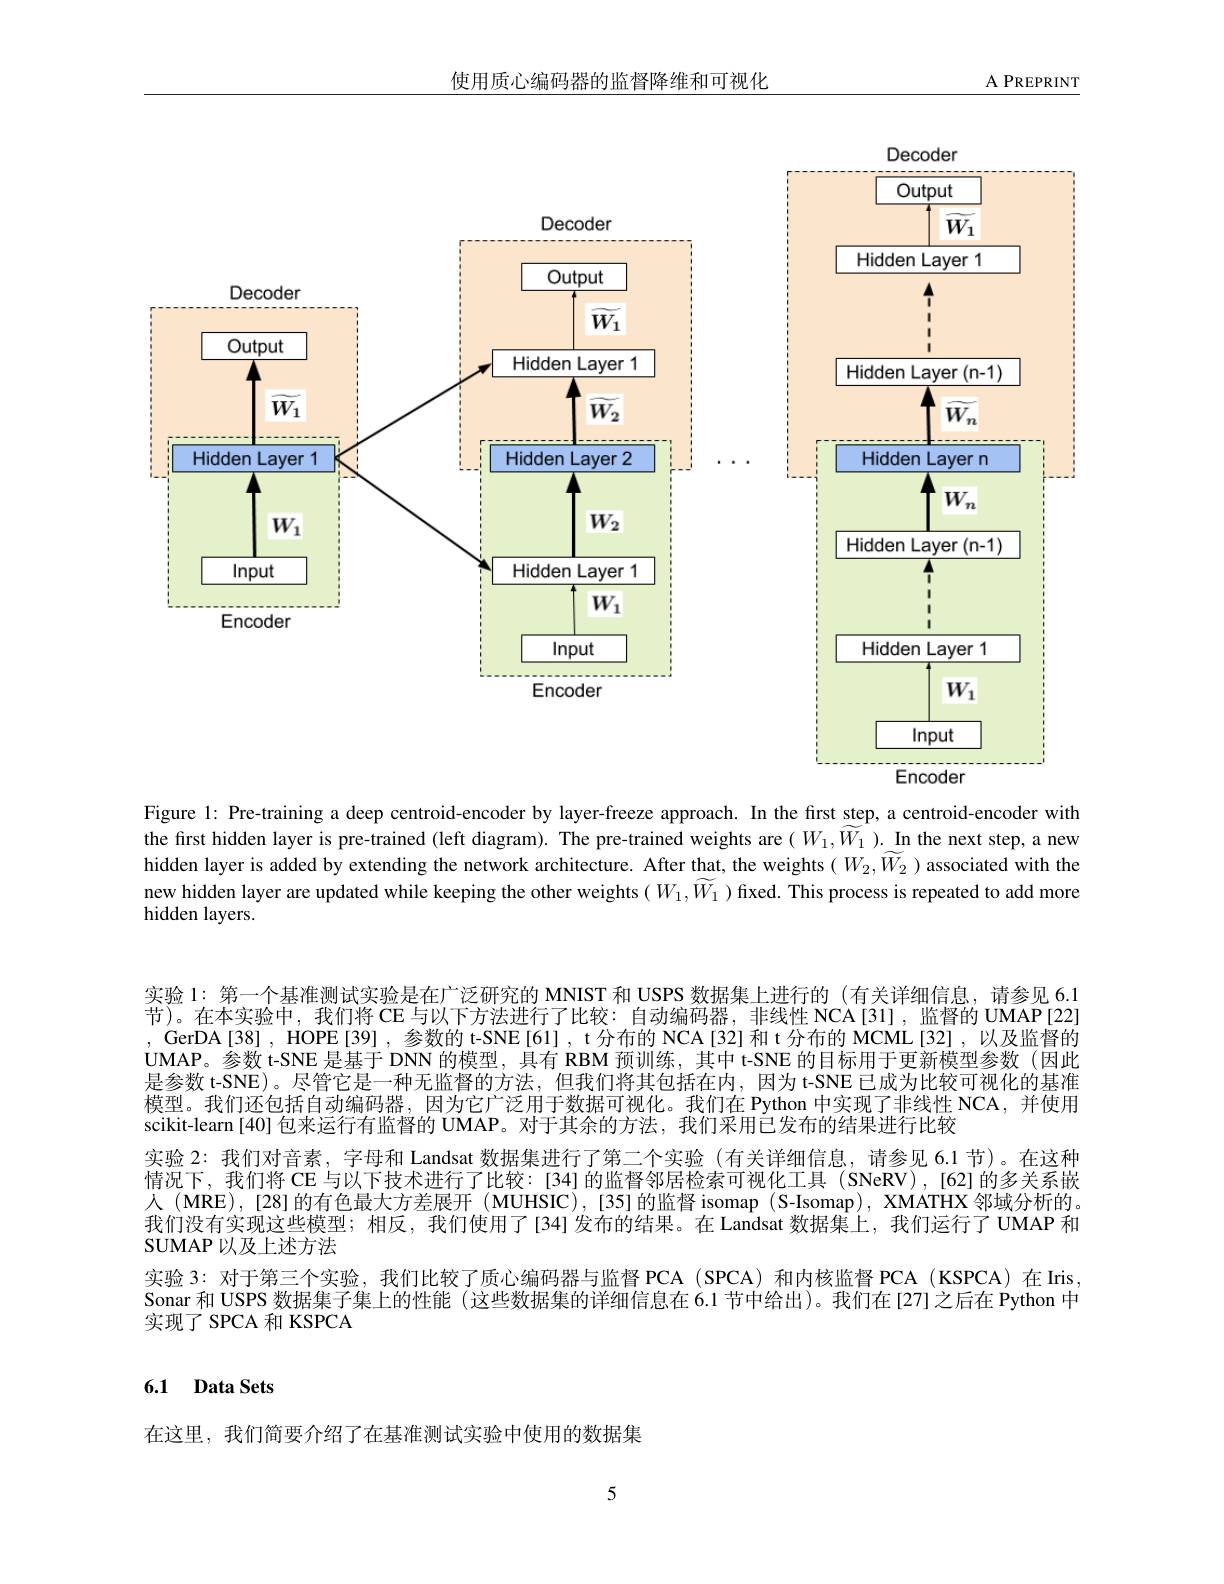
使用质心编码器的监督降维和可视化

${\mathrm{A~PREPRINT}}$

<FigureHere>

Figure 1: Pre-training a deep centroid-encoder by layer-freeze approach. In the first step, a centroid-encoder with the first hidden layer is pre-trained (left diagram). The pre-trained weights are $(W_1,\widetilde{W}_1).$ In the next step, a new hidden layer is added by extending the network architecture. After that, the weights( $W_2,\widetilde{W_2}$ )associated with the new hidden layer are updated while keeping the other weights $(W_1,\widetilde{W}_1)$ fixed. This process is repeated to add more hidden layers.

实验 1: 第一个基准测试实验是在广泛研究的 MNIST 和 USPS 数据集上进行的 (有关详细信息，请参见 6.1节)。在本实验中，我们将 CE 与以下方法进行了比较：自动编码器；非线性 NCA[31],监督的 UMAP[22] , GerDA[38] , HOPE[39] , 参数的 t-SNE[61], t 分布的 NCA[32] 和 t分布的 MCML[32],以及监督的UMAP。参数 t-SNE 是基于 DNN 的模型，具有 RBM 预训练，其中 t-SNE 的目标用于更新模型参数 (因此是参数 t-SNE)。尽管它是一种无监督的方法，但我们将其包括在内，因为 t-SNE 已成为比较可视化的基准模型。我们还包括自动编码器，因为它广泛用于数据可视化。我们在 Python 中实现了非线性 NCA,并使用scikit-learn [40] 包来运行有监督的 UMAP。对于其余的方法，我们采用已发布的结果进行比较
实验 2: 我们对音素，字母和 Landsat 数据集进行了第二个实验 (有关详细信息，请参见 6.1 节)。在这种情况下，我们将 CE 与以下技术进行了比较：[34]的监督邻居检索可视化工具(SNeRV),[62]的多关系嵌人 (MRE),[28]的有色最大方差展开 (MUHSIC),[35]的监督 isomap(S-Isomap), XMATHX 邻域分析的。我们没有实现这些模型；相反，我们使用了[34]发布的结果。在 Landsat 数据集上，我们运行了 UMAP 和SUMAP 以及上述方法
实验 3: 对于第三个实验，我们比较了质心编码器与监督 PCA (SPCA) 和内核监督 PCA (KSPCA)在 Iris. Sonar 和 USPS 数据集子集上的性能 (这些数据集的详细信息在 6.1 节中给出)。我们在[27]之后在 Python 中实现了 SPCA 和 KSPCA

6.1 Data Sets

在这里，我们简要介绍了在基准测试实验中使用的数据集

5